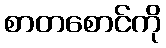
စာတစောင်ကို